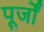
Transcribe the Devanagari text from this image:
पूर्जों